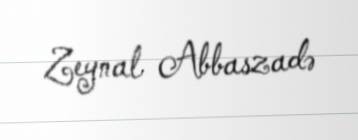
Zeynal Abbaszadə